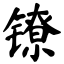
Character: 镣